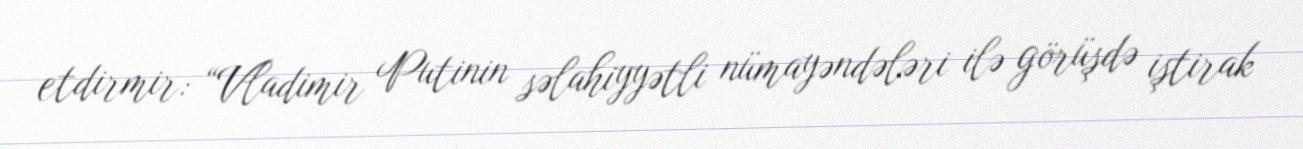
etdirmir: “Vladimir Putinin səlahiyyətli nümayəndələri ilə görüşdə iştirak